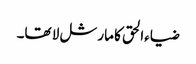
ضیاءالحق کا مارشل لا تھا۔